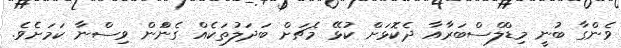
ވެންގާ ބުނީ މިޑްލްސްބަރާއާ ދެކޮޅަށް ކުޅޭ މެޗަށް ބަދަލުތަކެއް ގެންަން ވިސްނާ ކަމަށެވެ.